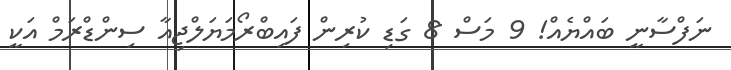
ނަފްސާނީ ބައްޔެއް! 9 މަސް 8 ގަޑި ކުރިން ފައިބްރޯމަޔަލްޖިއާ ސިންޑްރަމް އަކީ